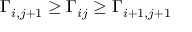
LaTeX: \Gamma _ { i , j + 1 } \geq \Gamma _ { i j } \geq \Gamma _ { i + 1 , j + 1 }